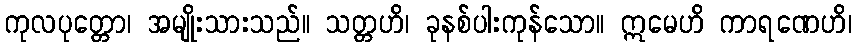
ကုလပုတ္တော၊ အမျိုးသားသည်။ သတ္တဟိ၊ ခုနစ်ပါးကုန်သော။ ဣမေဟိ ကာရဏေဟိ၊